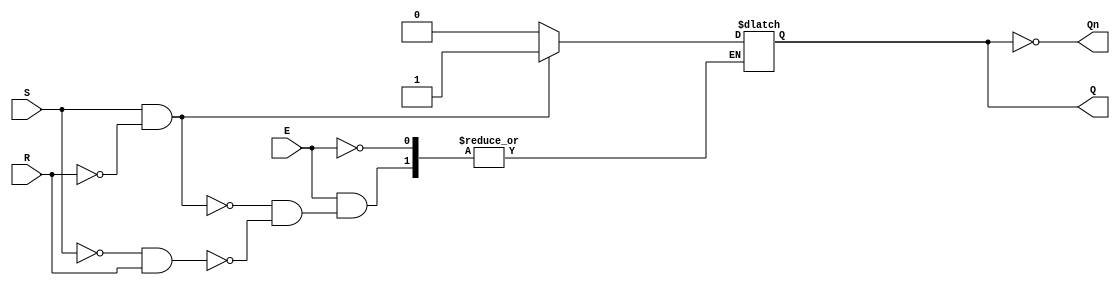
module GatedSRLatch (
    input wire S,      // Set input
    input wire R,      // Reset input
    input wire E,      // Enable input
    output reg Q,      // Output Q
    output wire Qn     // Output Q' (complement of Q)
);

    assign Qn = ~Q;    // Q' is the complement of Q

    always @(S, R, E) begin
        if (E) begin              // Check if Enable is active
            if (S && ~R) begin    // Set state
                Q <= 1'b1;
            end else if (~S && R) begin // Reset state
                Q <= 1'b0;
            end
            // When S = 0 and R = 0, or S = 1 and R = 1, hold the state
            // No need for explicit code here, Q retains its previous value
        end
        // When E is low, Q retains its previous value, no update needed
    end

endmodule